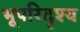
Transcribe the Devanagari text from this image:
भूपरिदृश्य